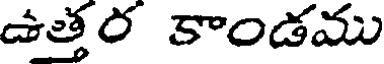
ఉత్తర కాండము